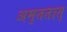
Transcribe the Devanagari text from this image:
अमृततात्